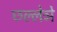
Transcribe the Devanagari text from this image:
छल्लेञे